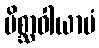
မိစ္ဆာဝါယာမံ